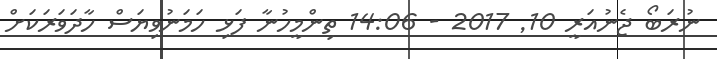
ނުރަބޯ ޖެނުއަރީ 10